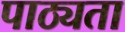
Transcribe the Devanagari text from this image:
पाठ्यता